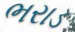
ભરાડ